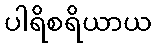
ပါရိစရိယာယ